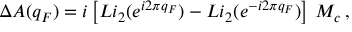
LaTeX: \Delta A ( q _ { F } ) = i \left[ L i _ { 2 } ( e ^ { i 2 \pi q _ { F } } ) - L i _ { 2 } ( e ^ { - i 2 \pi q _ { F } } ) \right] \, M _ { c } \, ,